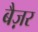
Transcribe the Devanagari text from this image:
बैज़र